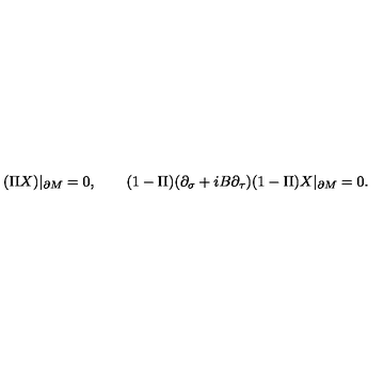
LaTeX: ( \Pi X ) | _ { \partial M } = 0 , \qquad ( 1 - \Pi ) ( \partial _ { \sigma } + i B \partial _ { \tau } ) ( 1 - \Pi ) X | _ { \partial M } = 0 .